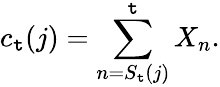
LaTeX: c_{\mathtt{t}}(j)=\sum_{n=S_{\mathtt{t}}(j)}^{\mathtt{t}}X_{n}.